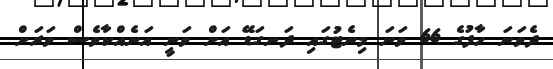
ދެވަނަ ހާފުގެ 66 ވަނަ މިނެޓުގައި ދަނގަޑޭ އަށް ވަނީ އަނެއްކާވެސް ވަރަށް